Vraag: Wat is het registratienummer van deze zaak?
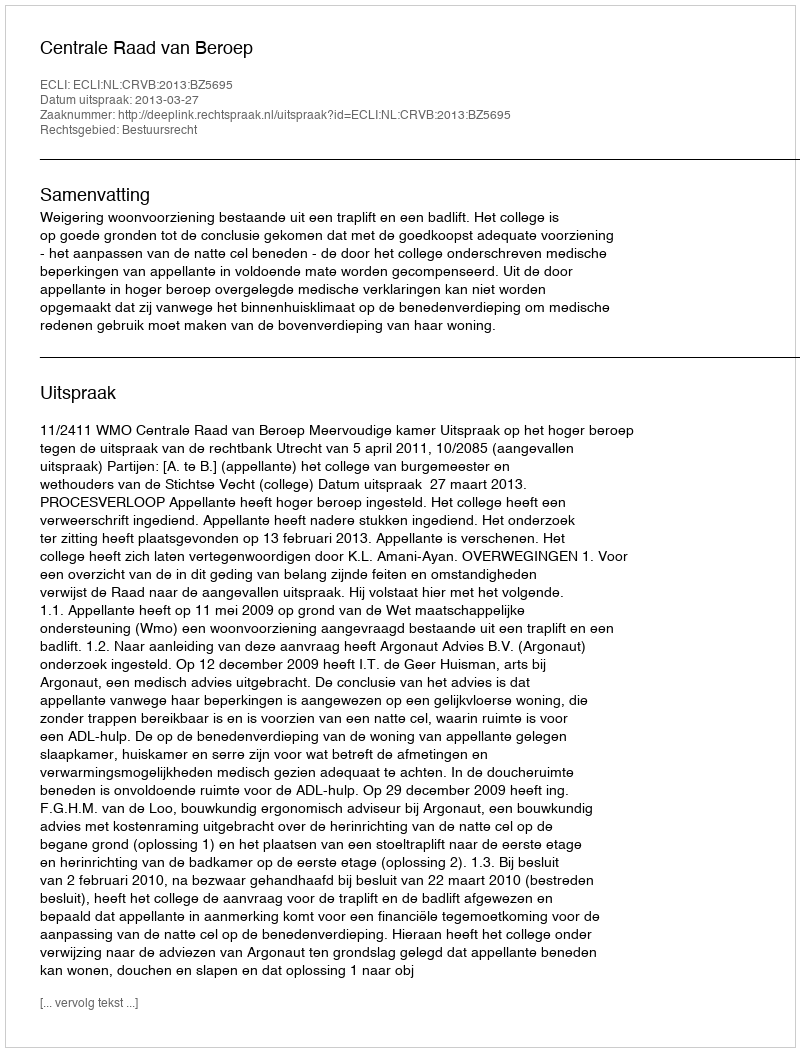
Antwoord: http://deeplink.rechtspraak.nl/uitspraak?id=ECLI:NL:CRVB:2013:BZ5695